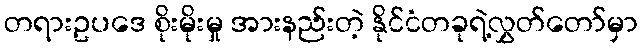
တရားဥပဒေ စိုးမိုးမှု အားနည်းတဲ့ နိုင်ငံတခုရဲ့လွှတ်တော်မှာ